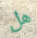
هل